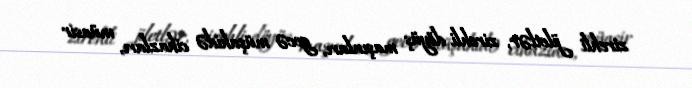
zirehli jiletlər, zirehli döyüş maşınları, gecə müşahidə cihazları, müasir